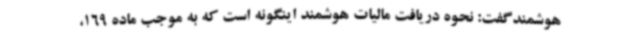
هوشمندگفت: نحوه دریافت مالیات هوشمند اینگونه است که به موجب ماده 169،